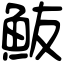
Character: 𩵼